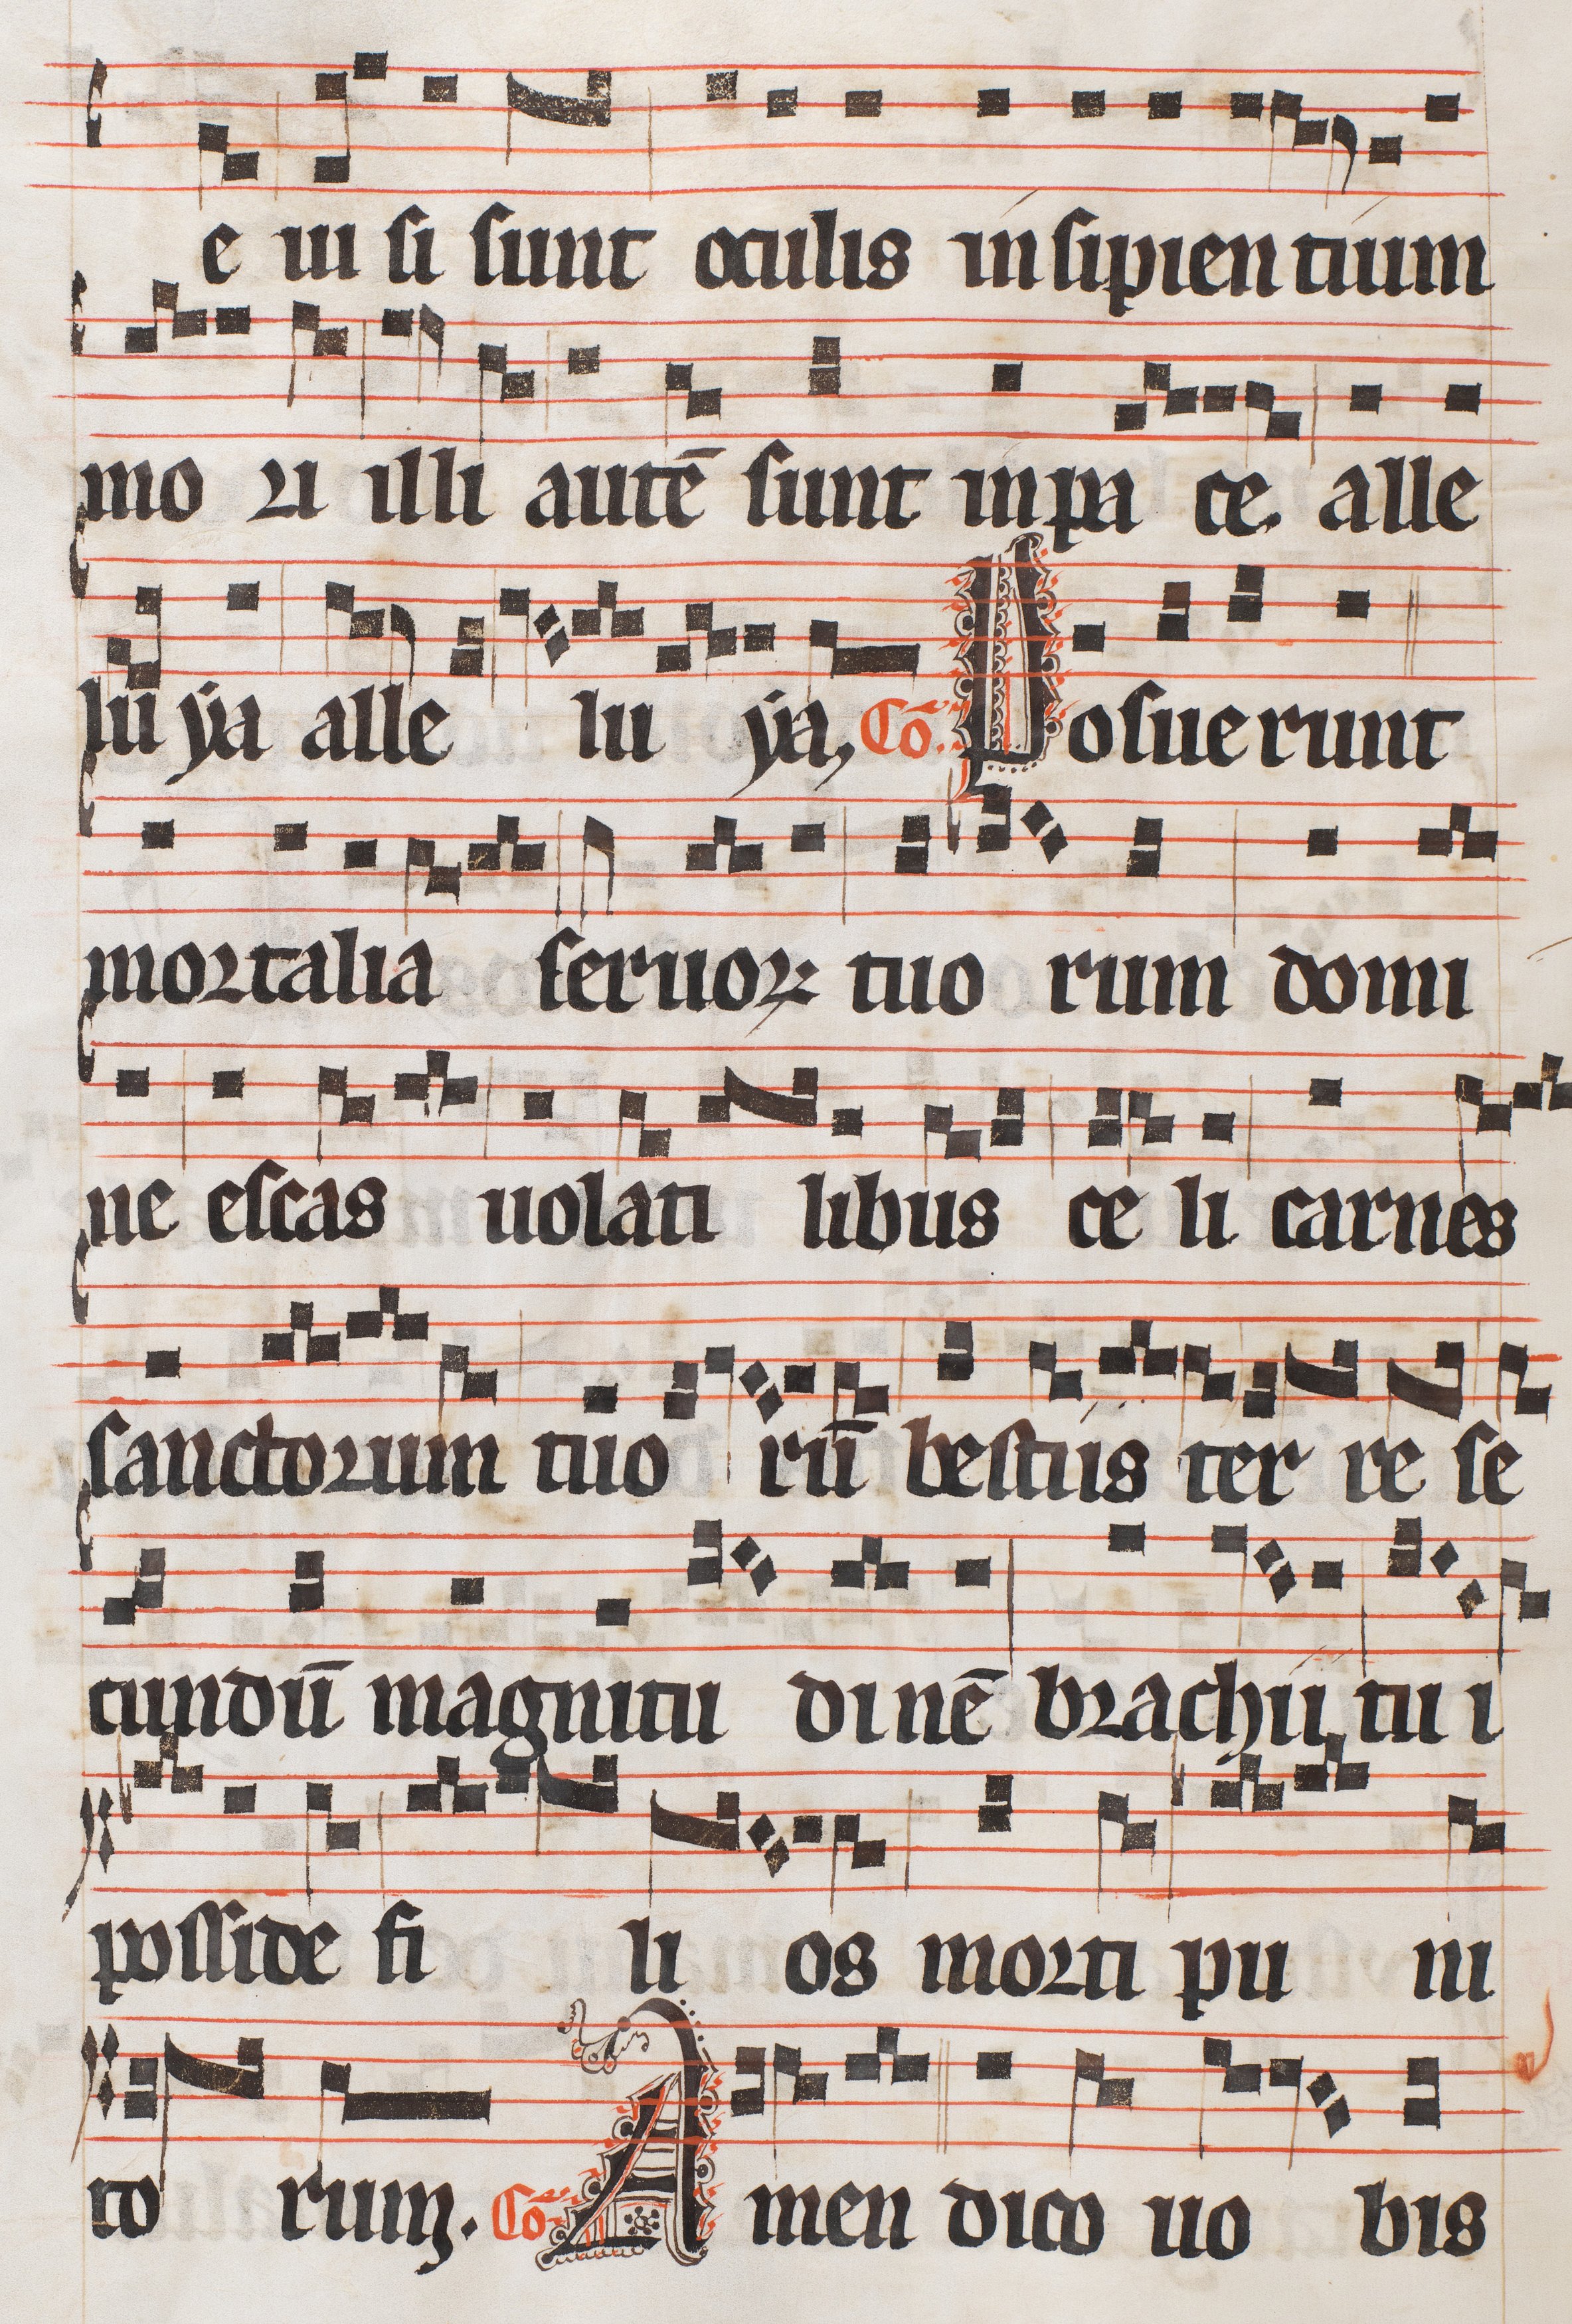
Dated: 1300–1327